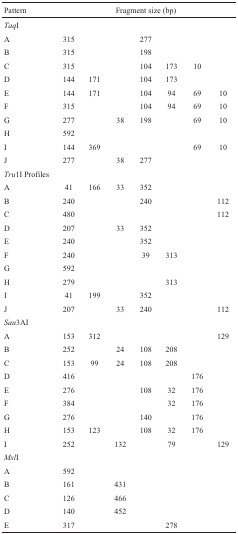
<table><thead><tr><td><b>Pattern</b></td><td colspan="7"><b>Fragment size (bp)</b></td></tr></thead><tbody><tr><td colspan="8"><i>Taq</i>I</td></tr><tr><td>A</td><td>315</td><td></td><td></td><td>277</td><td></td><td></td><td></td></tr><tr><td>B</td><td>315</td><td></td><td></td><td>198</td><td></td><td></td><td></td></tr><tr><td>C</td><td>315</td><td></td><td></td><td>104</td><td>173</td><td>10</td><td></td></tr><tr><td>D</td><td>144</td><td>171</td><td></td><td>104</td><td>173</td><td></td><td></td></tr><tr><td>E</td><td>144</td><td>171</td><td></td><td>104</td><td>94</td><td>69</td><td>10</td></tr><tr><td>F</td><td>315</td><td></td><td></td><td>104</td><td>94</td><td>69</td><td>10</td></tr><tr><td>G</td><td>277</td><td></td><td>38</td><td>198</td><td></td><td>69</td><td>10</td></tr><tr><td>H</td><td>592</td><td></td><td></td><td></td><td></td><td></td><td></td></tr><tr><td>I</td><td>144</td><td>369</td><td></td><td></td><td></td><td>69</td><td>10</td></tr><tr><td>J</td><td>277</td><td></td><td>38</td><td>277</td><td></td><td></td><td></td></tr><tr><td colspan="8"><i>Tru</i>1IProfiles</td></tr><tr><td>A</td><td>41</td><td>166</td><td>33</td><td>352</td><td></td><td></td><td></td></tr><tr><td>B</td><td>240</td><td></td><td></td><td>240</td><td></td><td></td><td>112</td></tr><tr><td>C</td><td>480</td><td></td><td></td><td></td><td></td><td></td><td>112</td></tr><tr><td>D</td><td>207</td><td></td><td>33</td><td>352</td><td></td><td></td><td></td></tr><tr><td>E</td><td>240</td><td></td><td></td><td>352</td><td></td><td></td><td></td></tr><tr><td>F</td><td>240</td><td></td><td></td><td>39</td><td>313</td><td></td><td></td></tr><tr><td>G</td><td>592</td><td></td><td></td><td></td><td></td><td></td><td></td></tr><tr><td>H</td><td>279</td><td></td><td></td><td></td><td>313</td><td></td><td></td></tr><tr><td>I</td><td>41</td><td>199</td><td></td><td>352</td><td></td><td></td><td></td></tr><tr><td>J</td><td>207</td><td></td><td>33</td><td>240</td><td></td><td></td><td>112</td></tr><tr><td colspan="8"><i>Sau</i>3AI</td></tr><tr><td>A</td><td>153</td><td>312</td><td></td><td></td><td></td><td></td><td>129</td></tr><tr><td>B</td><td>252</td><td></td><td>24</td><td>108</td><td>208</td><td></td><td></td></tr><tr><td>C</td><td>153</td><td>99</td><td>24</td><td>108</td><td>208</td><td></td><td></td></tr><tr><td>D</td><td>416</td><td></td><td></td><td></td><td></td><td>176</td><td></td></tr><tr><td>E</td><td>276</td><td></td><td></td><td>108</td><td>32</td><td>176</td><td></td></tr><tr><td>F</td><td>384</td><td></td><td></td><td></td><td>32</td><td>176</td><td></td></tr><tr><td>G</td><td>276</td><td></td><td></td><td>140</td><td></td><td>176</td><td></td></tr><tr><td>H</td><td>153</td><td>123</td><td></td><td>108</td><td>32</td><td>176</td><td></td></tr><tr><td>I</td><td>252</td><td></td><td>132</td><td></td><td>79</td><td></td><td>129</td></tr><tr><td colspan="8"><i>Msl</i>I</td></tr><tr><td>A</td><td>592</td><td></td><td></td><td></td><td></td><td></td><td></td></tr><tr><td>B</td><td>161</td><td></td><td>431</td><td></td><td></td><td></td><td></td></tr><tr><td>C</td><td>126</td><td></td><td>466</td><td></td><td></td><td></td><td></td></tr><tr><td>D</td><td>140</td><td></td><td>452</td><td></td><td></td><td></td><td></td></tr><tr><td>E</td><td>317</td><td></td><td></td><td></td><td>278</td><td></td><td></td></tr></tbody></table>